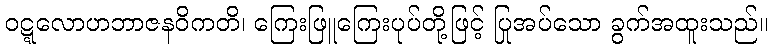
ဝဋ္ဋလောဟဘာဇနဝိကတိ၊ ကြေးဖြူကြေးပုပ်တို့ဖြင့် ပြုအပ်သော ခွက်အထူးသည်။